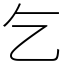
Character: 乞